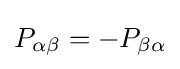
P_{\alpha \beta }=-P_{\beta \alpha }